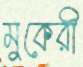
মুকেরী